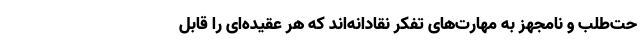
حت‌طلب و نامجهز به مهارت‌های تفکر نقادانه‌اند که هر عقیده‌ای را قابل